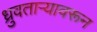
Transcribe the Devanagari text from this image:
ध्रुवताऱ्यावरून